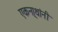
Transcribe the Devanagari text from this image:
एकना्थांनी